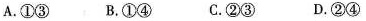
A.①③ B.①④ C.②③ D.②④